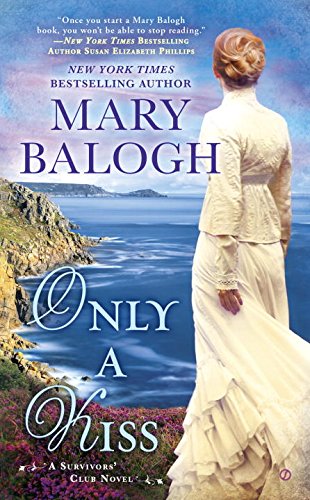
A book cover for Only a Kiss: A Survivors' Club Novel; Mary Balogh; Romance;